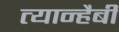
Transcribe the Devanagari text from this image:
त्यान्हैबी